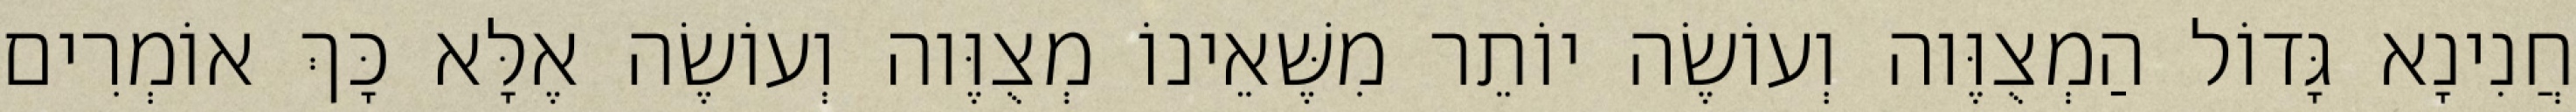
חֲנִינָא גָּדוֹל הַמְצֻוֶּוה וְעוֹשֶׂה יוֹתֵר מִשֶּׁאֵינוֹ מְצֻוֶּוה וְעוֹשֶׂה אֶלָּא כָּךְ אוֹמְרִים